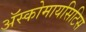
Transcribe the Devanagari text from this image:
अॅस्कोमायसिटिस